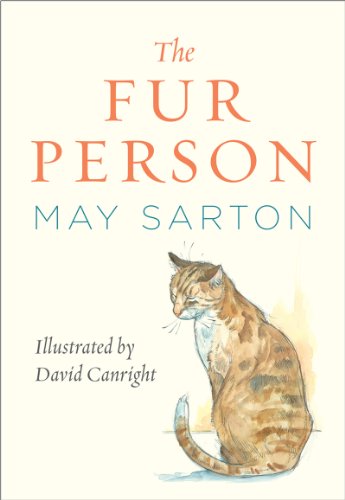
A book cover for The Fur Person (Gift edition); May Sarton; Crafts, Hobbies & Home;